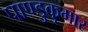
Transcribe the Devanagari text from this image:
पाण्डुकुमार